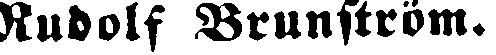
Rudolf Brunström.